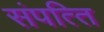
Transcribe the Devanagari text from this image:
संपत्‍ति